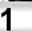
Digit: 1